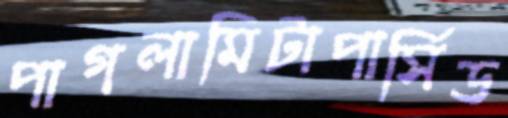
পাগলামিটাপার্সিড